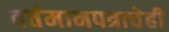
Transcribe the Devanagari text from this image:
वर्तमानपत्राचेही